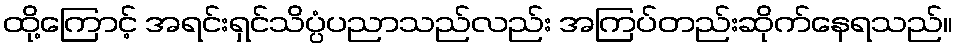
ထို့ကြောင့် အရင်းရှင်သိပ္ပံပညာသည်လည်း အကြပ်တည်းဆိုက်နေရသည်။